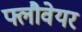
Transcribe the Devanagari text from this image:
फ्लौवेयर